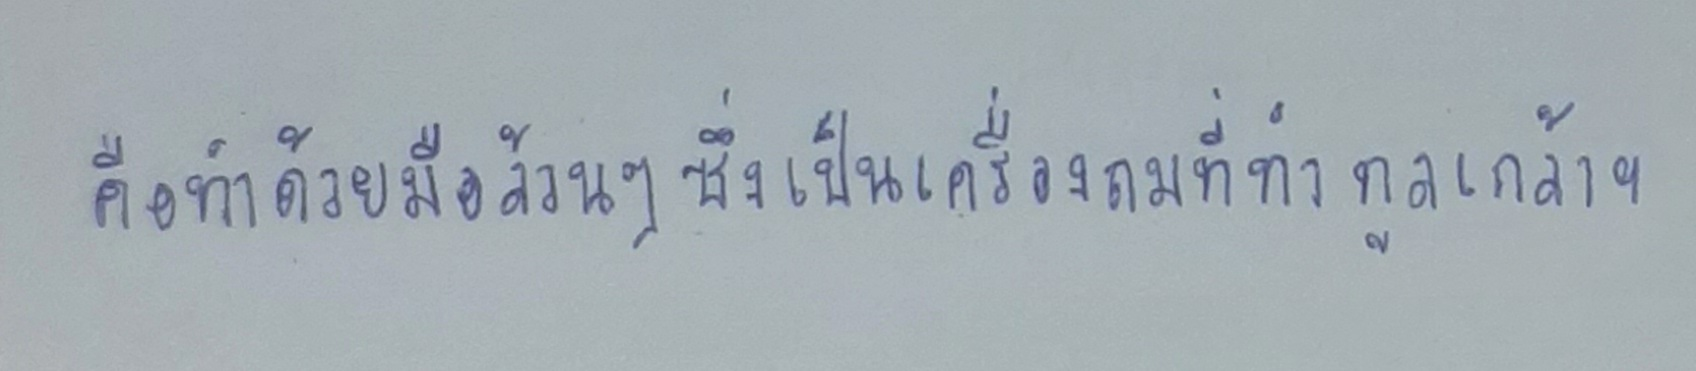
คือทำด้วยมือล้วนๆซึ่งเป็นเครื่องถมที่ทำทูลเกล้าฯ